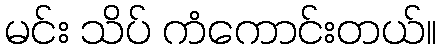
မင်း သိပ် ကံကောင်းတယ်။